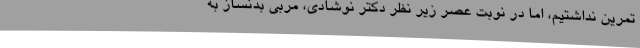
تمرین نداشتیم، اما در نوبت عصر زیر نظر دکتر نوشادی، مربی بدنساز به